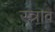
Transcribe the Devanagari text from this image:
स्‍त्राव